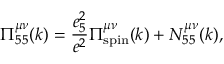
\Pi _ { 5 5 } ^ { \mu \nu } ( k ) = { \frac { e _ { 5 } ^ { 2 } } { e ^ { 2 } } } \Pi _ { \mathrm { s p i n } } ^ { \mu \nu } ( k ) + N _ { 5 5 } ^ { \mu \nu } ( k ) ,